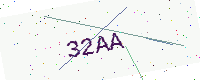
Text: 32AA